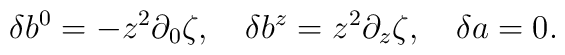
\delta b^0=-z^2\partial_0\zeta,\quad\delta b^z=z^2\partial_z\zeta,\quad\delta a=0.